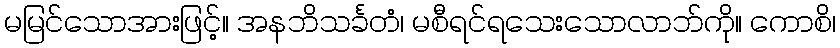
မမြင်သောအားဖြင့်။ အနဘိသင်္ခတံ၊ မစီရင်ရသေးသောလာဘ်ကို။ ကောစိ၊